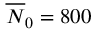
\overline { { N } } _ { 0 } = 8 0 0